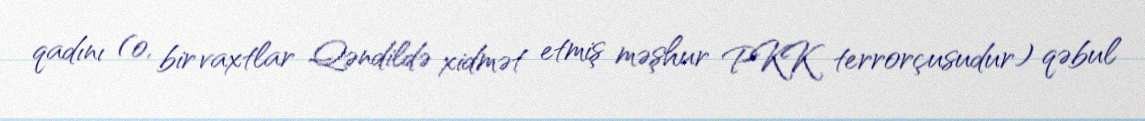
qadını (o, bir vaxtlar Qəndildə xidmət etmiş məşhur PKK terrorçusudur) qəbul